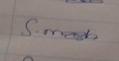
Signature authenticity: genuine